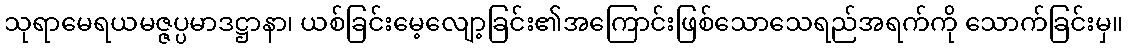
သုရာမေရယမဇ္ဇပ္ပမာဒဋ္ဌာနာ၊ ယစ်ခြင်းမေ့လျော့ခြင်း၏အကြောင်းဖြစ်သောသေရည်အရက်ကို သောက်ခြင်းမှ။